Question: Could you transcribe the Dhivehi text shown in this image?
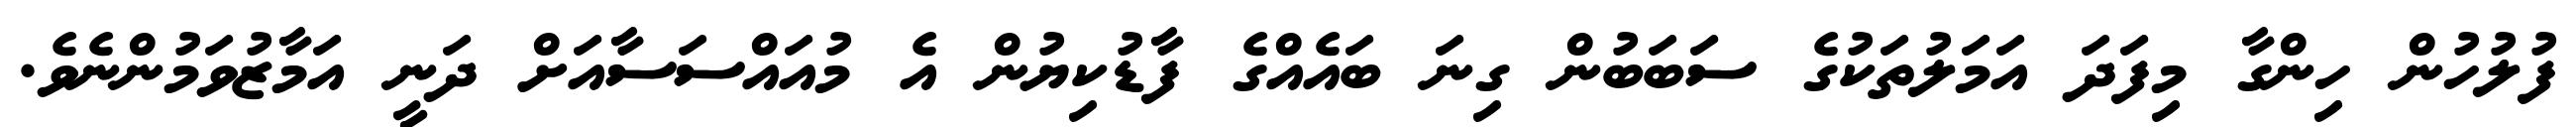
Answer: ފުލުހުން ހިންގާ މިފަދަ އަމަލުތަކުގެ ސަބަބުން ގިނަ ބައެއްގެ ފާޑުކިޔުން އެ މުއައްސަސާއަށް ދަނީ އަމާޒުވަމުންނެވެ.